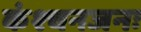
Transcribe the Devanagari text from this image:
कंश्चनजनः